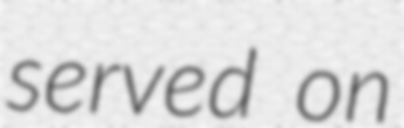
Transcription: served on